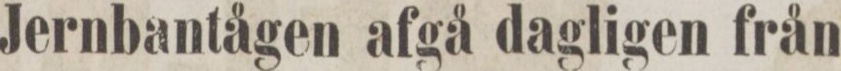
Jernbantågen afgå dagligen från